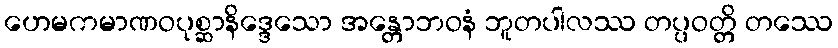
ဟေမကမာဏဝပုစ္ဆာနိဒ္ဒေသော အန္တောဘဝနံ ဘူတပါလဿ တပ္ပဝတ္တိ တဿေ